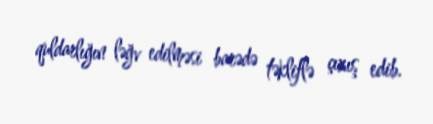
quldarlığın ləğv edilməsi barədə təkliflə çıxış edib.